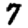
Digit: 7